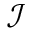
\mathcal { I }